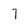
Character: 7